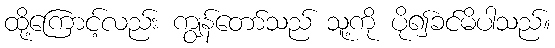
ထို့ကြောင့်လည်း ကျွန်တော်သည် သူ့ကို ပို၍ခင်မိပါသည်။